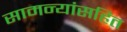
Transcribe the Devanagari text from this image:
सामन्यांसहित